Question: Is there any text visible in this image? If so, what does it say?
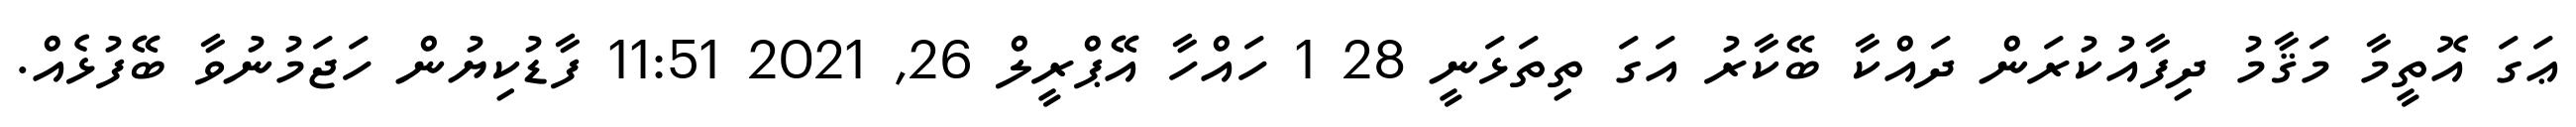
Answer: ޢަގަ އޮތީމާ މަޤާމު ދިފާއުކުރަން ދައްކާ ބޭކާރު އަގަ ތިތަޅަނީ 28 1 ހައްހާ އޭޕްރީލް 26, 2021 11:51 ފާޑުކިޔުން ހަޖަމުނުވާ ބޭފުޅެއް.